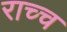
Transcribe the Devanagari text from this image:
राच्च